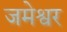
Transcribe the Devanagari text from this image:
जमेश्वर